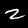
Label: 2